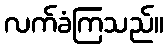
လက်ခံကြသည်။